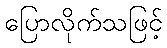
ပြောလိုက်သဖြင့်